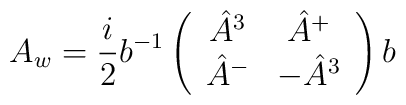
A_w =  {i\over 2} b^{-1} \left(\begin{array}{cc}                    \hat A^3  &  \hat A^+ \\                   \hat A^-  &   - \hat A^3                   \end{array} \right) b